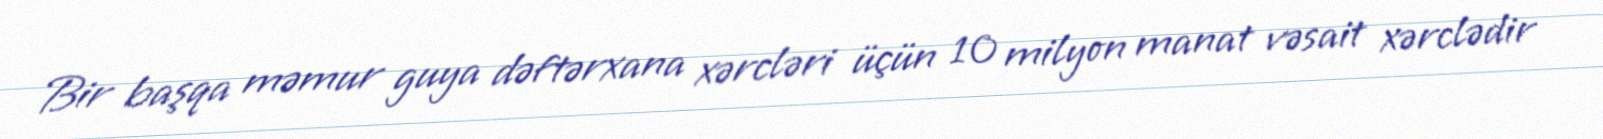
Bir başqa məmur guya dəftərxana xərcləri üçün 10 milyon manat vəsait xərclədir